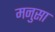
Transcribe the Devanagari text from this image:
मनुसा